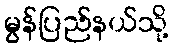
မွန်ပြည်နယ်သို့